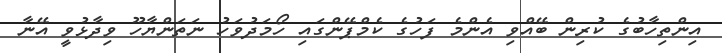
އިންތިހާބުގެ ކުރިން ބޭއްވި އެންމެ ފަހުގެ ކެމްޕޭންގައި ހޯމަދުވަހު ނަތަންޔާހޫ ވިދާޅުވީ އޭނާ